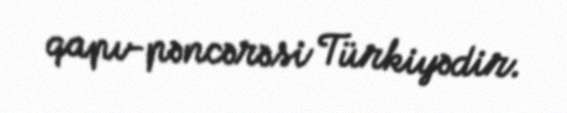
qapı-pəncərəsi Türkiyədir.